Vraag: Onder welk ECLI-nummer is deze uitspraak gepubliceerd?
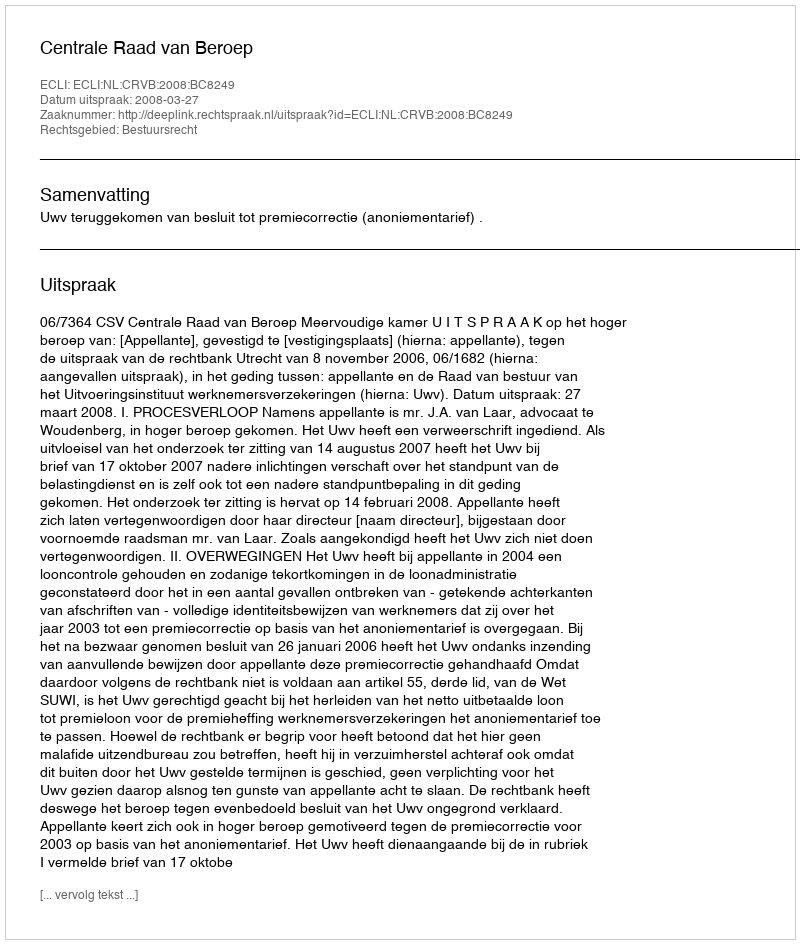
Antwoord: ECLI:NL:CRVB:2008:BC8249